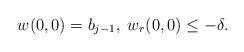
LaTeX: \begin{align*} w(0,0)=b_{j-1},\; w_r(0,0)\leq -\delta. \end{align*}